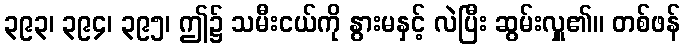
၃၉၃၊ ၃၉၄၊ ၃၉၅၊ ဤ၌ သမီးငယ်ကို နွားမနှင့် လဲပြီး ဆွမ်းလှူ၏။ တစ်ဖန်